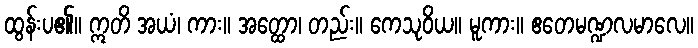
ထွန်းပ၏။ ဣတိ အယံ၊ ကား။ အတ္ထော၊ တည်း။ ကေသုဝိယ။ မူကား။ ဧတေမဏ္ဍလမာလေ။